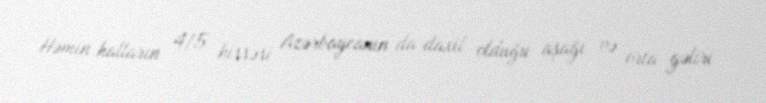
Həmin halların 4/5 hissəsi Azərbaycanın da daxil olduğu aşağı və orta gəliri